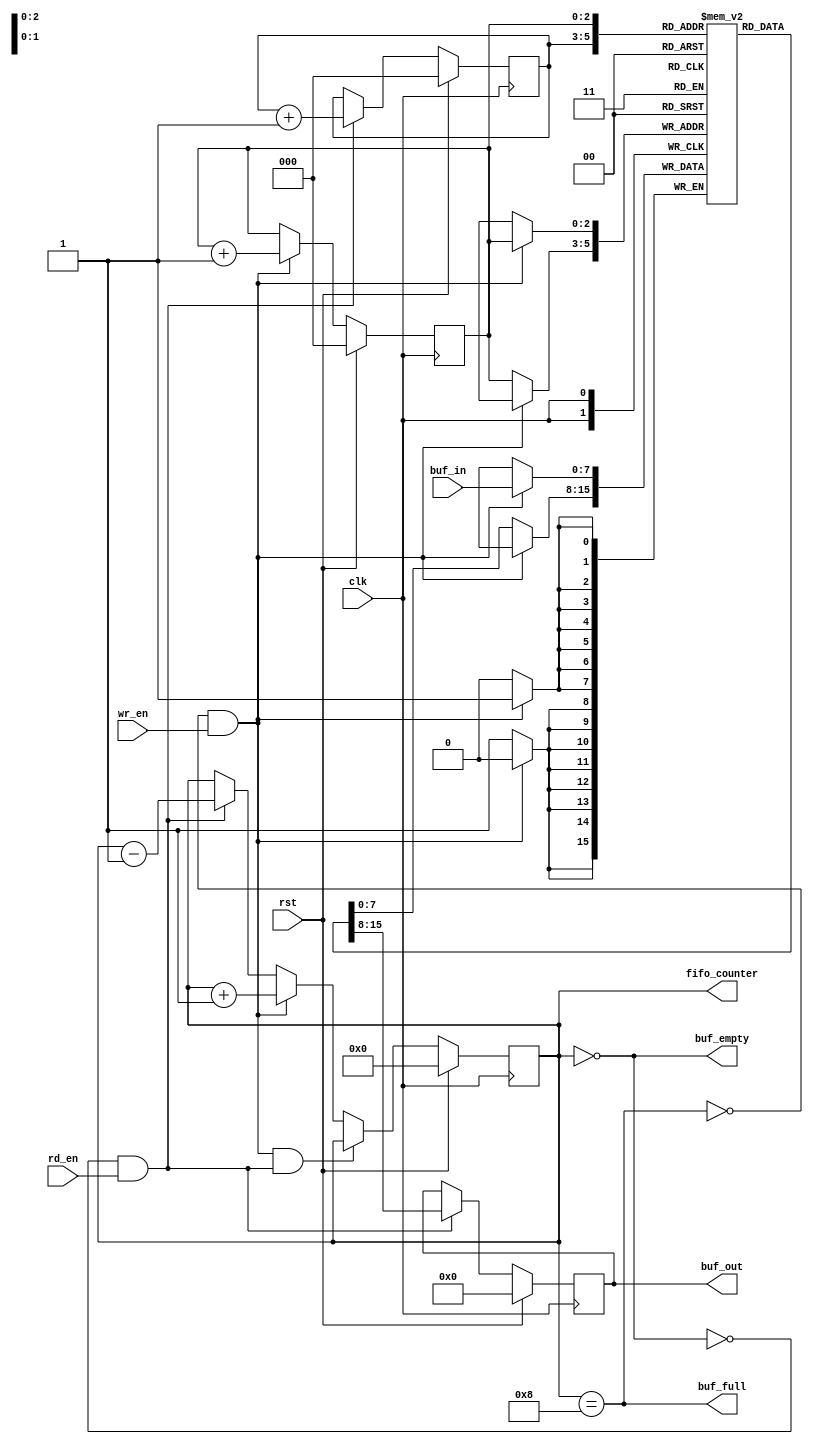
//`define C_WIDTH 3    // BUF_SIZE = 16 -> BUF_WIDTH = 4, no. of bits to be used in pointer
//`define BUF_SIZE ( 1<<`BUF_WIDTH )
// CHANGE LOG:

module fifo #(
    parameter integer C_WIDTH = 8,
    parameter integer C_LOG_FIFO_DEPTH = 3
  )

( clk, 
  rst, 
  buf_in, 
  buf_out, 
  wr_en, 
  rd_en, 
  buf_empty, 
  buf_full, 
  fifo_counter 
  );

  localparam integer C_DEPTH = 1 << C_LOG_FIFO_DEPTH;

input                 rst, clk, wr_en, rd_en;   
// reset, system clock, write enable and read enable.
input [C_WIDTH-1:0]           buf_in;                   
// data input to be pushed to buffer
output[C_WIDTH-1:0]           buf_out;                  
// port to output the data using pop.
output                buf_empty, buf_full;      
// buffer empty and full indication 
output[C_LOG_FIFO_DEPTH :0] fifo_counter;             
// number of data pushed in to buffer   

reg[C_WIDTH-1:0]              buf_out;
reg                   buf_empty, buf_full;
reg[C_LOG_FIFO_DEPTH :0]    fifo_counter;
reg[C_LOG_FIFO_DEPTH -1:0]  rd_ptr, wr_ptr;           // pointer to read and write addresses  
reg[C_WIDTH-1:0]              buf_mem[C_DEPTH -1 : 0]; //  

always @(fifo_counter)
begin
   buf_empty = (fifo_counter==0);
   buf_full = (fifo_counter== C_DEPTH);

end

always @(posedge clk)
begin
   if( rst )
       fifo_counter <= 0;

   else if( (!buf_full && wr_en) && ( !buf_empty && rd_en ) )
       fifo_counter <= fifo_counter;

   else if( !buf_full && wr_en )
       fifo_counter <= fifo_counter + 1;

   else if( !buf_empty && rd_en )
       fifo_counter <= fifo_counter - 1;
   else
      fifo_counter <= fifo_counter;
end

always @( posedge clk)
begin
   if( rst )
      buf_out <= 0;
   else
   begin
      if( rd_en && !buf_empty )
         buf_out <= buf_mem[rd_ptr];

      else
         buf_out <= buf_out;

   end
end

always @(posedge clk)
begin

   if( wr_en && !buf_full )
      buf_mem[ wr_ptr ] <= buf_in;

   else
      buf_mem[ wr_ptr ] <= buf_mem[ wr_ptr ];
end

always@(posedge clk)
begin
   if( rst )
   begin
      wr_ptr <= 0;
      rd_ptr <= 0;
   end
   else
   begin
      if( !buf_full && wr_en )    wr_ptr <= wr_ptr + 1;
          else  wr_ptr <= wr_ptr;

      if( !buf_empty && rd_en )   rd_ptr <= rd_ptr + 1;
      else rd_ptr <= rd_ptr;
   end

end
endmodule